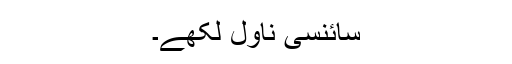
سائنسی ناول لکھے۔